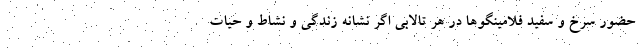
حضور سرخ و سفید فلامینگوها در هر تالابی اگر نشانه زندگی و نشاط و حیات